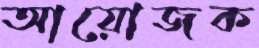
আয়োজক